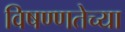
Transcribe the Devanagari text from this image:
विषण्णतेच्या